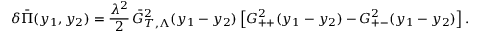
\delta \bar { \Pi } ( y _ { 1 } , y _ { 2 } ) = \frac { \lambda ^ { 2 } } 2 \, \bar { G } _ { T , \Lambda } ^ { 2 } ( y _ { 1 } - y _ { 2 } ) \left[ G _ { + + } ^ { 2 } ( y _ { 1 } - y _ { 2 } ) - G _ { + - } ^ { 2 } ( y _ { 1 } - y _ { 2 } ) \right] .